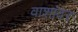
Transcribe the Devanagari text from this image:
वाशांवर